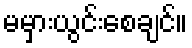
မမှားယွင်းစေချင်။